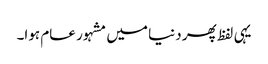
یہی لفظ پھر دنیا میں مشہور عام ہوا۔